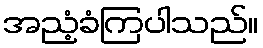
အညံ့ခံကြပါသည်။